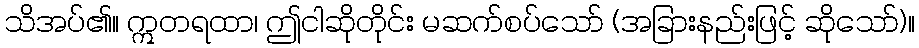
သိအပ်၏။ ဣတရထာ၊ ဤငါဆိုတိုင်း မဆက်စပ်သော် (အခြားနည်းဖြင့် ဆိုသော်)။